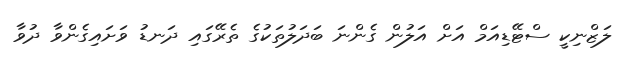
ލަޒްނިކީ ސްޓޭޑިއަމް އަށް އަލުން ގެންނަ ބަދަލުތަކުގެ ތެރޭގައި ދަނޑު ވަށައިގެންވާ ދުވާ